Vaccination report Assam 1896-1927 - 1896-1927
Year: 1896
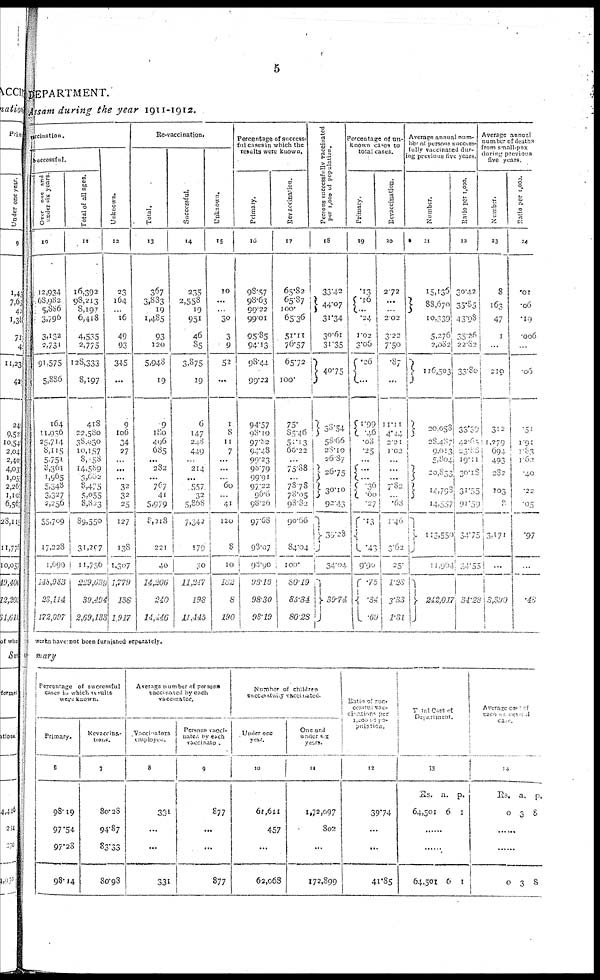
5
DEPARTMENT.
Assam during the year 1911-1912.
vaccination.
Successful.
Over
one
and
under six years.
10
12,934
68,982
55,886
3,796
3,132
2,731
91,575
5,886
164
11,936
25,714
8,115
5,751
8,361
1,965
5,348
3,327
2,256
55,709
17,228
1,699
148,983
23,114
172,097
Total of all ages.
11
16,392
98,213
8,197
6,418
4,535
2,775
128,333
8,197
418
22,580
38,030
10,157
8,158
14,589
3,602
8,475
5,055
8,823
89,550
31,207
11,756
229,639
39,494
2,69,133
Unknown.
12
23
164
...
16
49
93
345
...
9
106
34
27
...
...
...
32
32
25
127
138
1,307
1,779
138
1,917
Re-vaccination.
Total.
13
367
3,883
19
1,485
93
120
5,948
19
9
180
496
685
...
282
...
767
41
5,979
8,218
221
40
14,206
240
14,446
Successful.
14
235
2,558
19
951
46
85
3,875
19
6
147
248
449
...
214
...
557
32
5,868
7,342
179
30
11,247
198
11,143
Unknown.
15
10
...
...
30
3
9
52
...
1
8
11
7
...
...
...
60
...
41
120
8
10
182
8
190
Percentage of success-
ful cases in which the
results were known.
Primary.
16
98.57
98.63
99.22
99.01
95.85
94.13
98.44
99.22
94.57
98.10
97.82
94.48
99.23
98.79
99.91
97.22
96.6
98.26
97.68
98.07
98.90
98.16
98.30
98.19
Revaccination.
17
65.82
65.87
100.
65.36
51.11
76.57
65.72
100.
75.
85.46
51.13
60.22
...
75.88
...
78.78
78.05
98.82
90.66
84.04
100.
80.19
85.34
80.28
Persons successfully vaccinated
per 1,000 of population.
18
33.42
44.07
31.34
30.61
31.35
40.75
38.54
58.66
28.10
26.87
26.75
30.10
92.43
33.28
34.04
39.74
Percentage of un-
known cases to
total cases.
Primary.
19
.13
.16
...
.24
1.02
3.06
.26
...
1.99
.46
.08
.25
...
...
...
.36
00
.27
.13
.43
9.90
.75
34
.69
Revaccination.
20
2.72
...
...
2.02
3.22
7.50
.87
...
11.11
4.44
2.21
1.02
...
...
...
7.82
...
.68
1.40
3.62
25
1.28
3.33
1.31
Average annual num-
ber of persons success-
fully vaccinated dur-
ing previous five years.
Number.
21
15,136
88,670
10,339
5,276
2,082
116,503
20,058
28,487
9,013
5,804
20,833
14,798
14,557
113,550
11 ,904
242,017
Ratio per 1,000.
22
30.42
35.85
43.98
35.26
22.82
33.80
33.39
42.65
23.83
19.11
30.18
31.55
91.59
34.75
34.55
34.28
Average annual
number of deaths
from small-pox
during previous
five years.
Number.
23
8
163
47
1
...
219
312
1,279
694
493
282
103
8
3,171
...
3,390
Ratio per 1,000.
24
.01
.06
.19
.006
...
06
51
1.91
1.83
1.62
40
.22
05
.97
...
.48
works have not been furnished separately.
mary
Percentage of successful
cases in which results
were known.
Primary.
6
98.19
97.54
97.28
98.14
Revaccina¬
tions.
7
80.28
94.87
83.33
80.98
Average number of persons
vaccinated by each
vaccinator.
Vaccinators
employee.
8
331
...
...
331
Persons vacci-
nated by each
vaccinator.
9
877
...
...
877
Number of children
successfully vaccinated.
Under one
year.
10
61,611
457
...
62,068
One and
under six
years.
11
l,72,097
802
...
172,899
Ratio of suc¬
cessful vac¬
cinations per
1,000 of po¬
pulation.
12
39.74
...
...
41.85
Total Cost of
Department.
13
Rs.
64,501
a.
6
p.
1
...
...
64,501 6 1
Average cost of
each
successful
case
14
Rs.
0
a.
3
p.
8
...
...
0
3 8